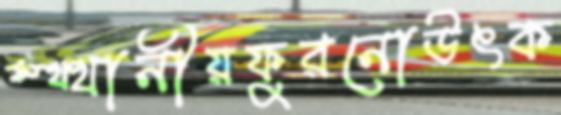
স্থ্থানীয়ফুরনোউৎক